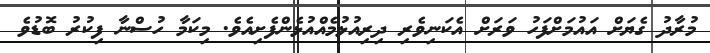
މުރާދު ގެޔަށް އައުމަށްފަހު ވަރަށް އެކަނިވެރި ދިރިއުޅުމެއްއުޅެންފެށިއެވެ. މިކަމާ ހުސްނާ ފިކުރު ބޮޑުވެ